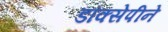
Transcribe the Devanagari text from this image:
डॉक्सेपीने